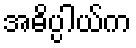
အဓိပ္ပါယ်က